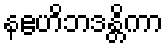
နဧဟိဘဒန္တိကာ